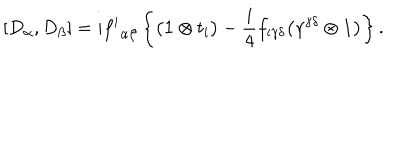
[ D _ { \alpha } , D _ { \beta } ] = i { f ^ { i } } _ { \alpha \beta } \left\{ \bigl ( { \bf 1 } \otimes t _ { i } \bigr ) - { \frac { i } { 4 } } f _ { i \gamma \delta } \bigl ( \gamma ^ { \gamma \delta } \otimes { \bf 1 } \bigr ) \right\} .